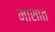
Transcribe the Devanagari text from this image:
मांसात